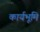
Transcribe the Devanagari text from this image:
कार्यभूमि